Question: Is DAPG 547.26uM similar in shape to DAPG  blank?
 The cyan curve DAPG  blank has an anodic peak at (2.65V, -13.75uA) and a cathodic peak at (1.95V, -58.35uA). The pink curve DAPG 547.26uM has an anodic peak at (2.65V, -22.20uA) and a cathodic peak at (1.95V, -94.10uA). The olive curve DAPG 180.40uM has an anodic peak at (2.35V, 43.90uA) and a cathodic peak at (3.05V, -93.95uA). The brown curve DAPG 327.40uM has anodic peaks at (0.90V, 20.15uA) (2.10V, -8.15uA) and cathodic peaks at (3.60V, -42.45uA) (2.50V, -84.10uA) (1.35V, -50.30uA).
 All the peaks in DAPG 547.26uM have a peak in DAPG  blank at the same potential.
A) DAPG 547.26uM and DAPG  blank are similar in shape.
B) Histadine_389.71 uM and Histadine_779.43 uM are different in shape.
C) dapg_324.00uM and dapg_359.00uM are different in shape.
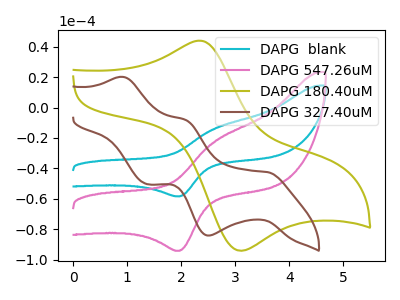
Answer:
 <answer>A) "DAPG 547.26uM" and "DAPG  blank" are similar in shape.</answer>
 <eval>A</eval>